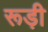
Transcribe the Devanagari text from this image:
रूड़ी